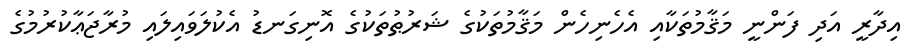
އިދާރީ އަދި ފަންނީ މަޤާމުތަކާއި އެހެނިހެން މަޤާމުތަކުގެ ޝަރުޠުތަކުގެ އޮނިގަނޑު އެކުލަވައިލައި މުރާޖަޢާކުރުމުގެ